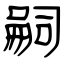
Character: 嗣